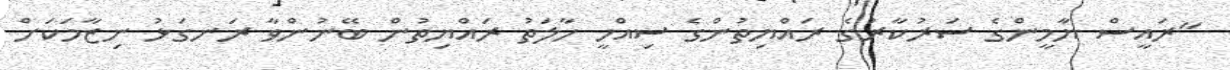
"ރައީސް ޔާމީންގެ ސަރުކާރުގެ ރައްޔިތުންގެ ސިއްހީ ހާލަތު ރައްޔިތުން ބޭނުންވާ ރަނގަޅު ނިޒާމަކަށް